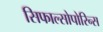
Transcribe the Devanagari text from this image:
सिफाल्सोपोरिन्स